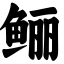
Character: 鲡